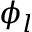
\phi _ { l }